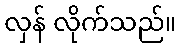
လှန် လိုက်သည်။